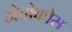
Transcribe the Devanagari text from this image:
ठोतोकोस